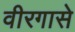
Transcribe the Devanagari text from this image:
वीरगासे